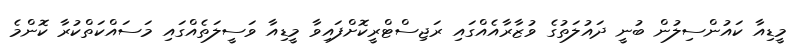
މީޑިއާ ކައުންސިލުން ބުނީ ދައުލަތުގެ ވުޒާރާއެއްގައި ރަޖިސްޓްރީކޮށްފައިވާ މީޑިއާ ވަސީލަތެއްގައި މަސައްކަތްކުރާ ކޮންމެ